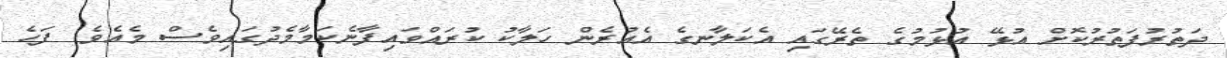
ދަތުރުފަތުރުކޮށް އުޅޭ އުޅުމުގެ ތެރޭގައި އެކަލާނގެ އެއުރެން ހަލާކު ކުރައްވައިފާނެކަމާމެދުގައިވެސް މެއެވެ. ފަހެ